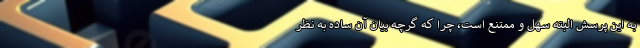
به اين پرسش البته سهل و ممتنع است، چرا كه گرچه بيان آن ساده به نظر